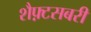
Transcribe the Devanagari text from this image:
शैफ़्टसबरी